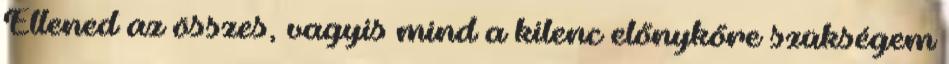
Ellened az összes, vagyis mind a kilenc előnykőre szükségem